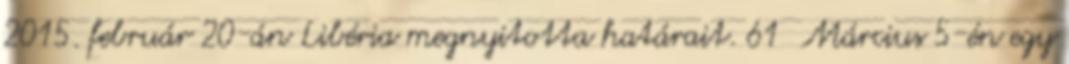
2015. február 20-án Libéria megnyitotta határait. 61 Március 5-én egy